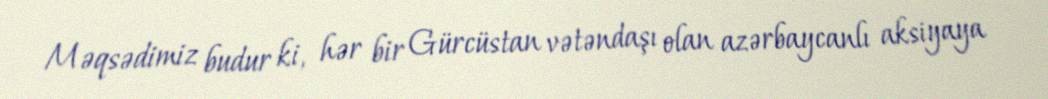
Məqsədimiz budur ki, hər bir Gürcüstan vətəndaşı olan azərbaycanlı aksiyaya